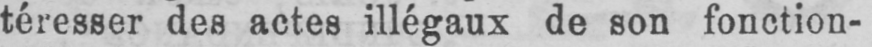
téresser des actes illégaux de son fonction-